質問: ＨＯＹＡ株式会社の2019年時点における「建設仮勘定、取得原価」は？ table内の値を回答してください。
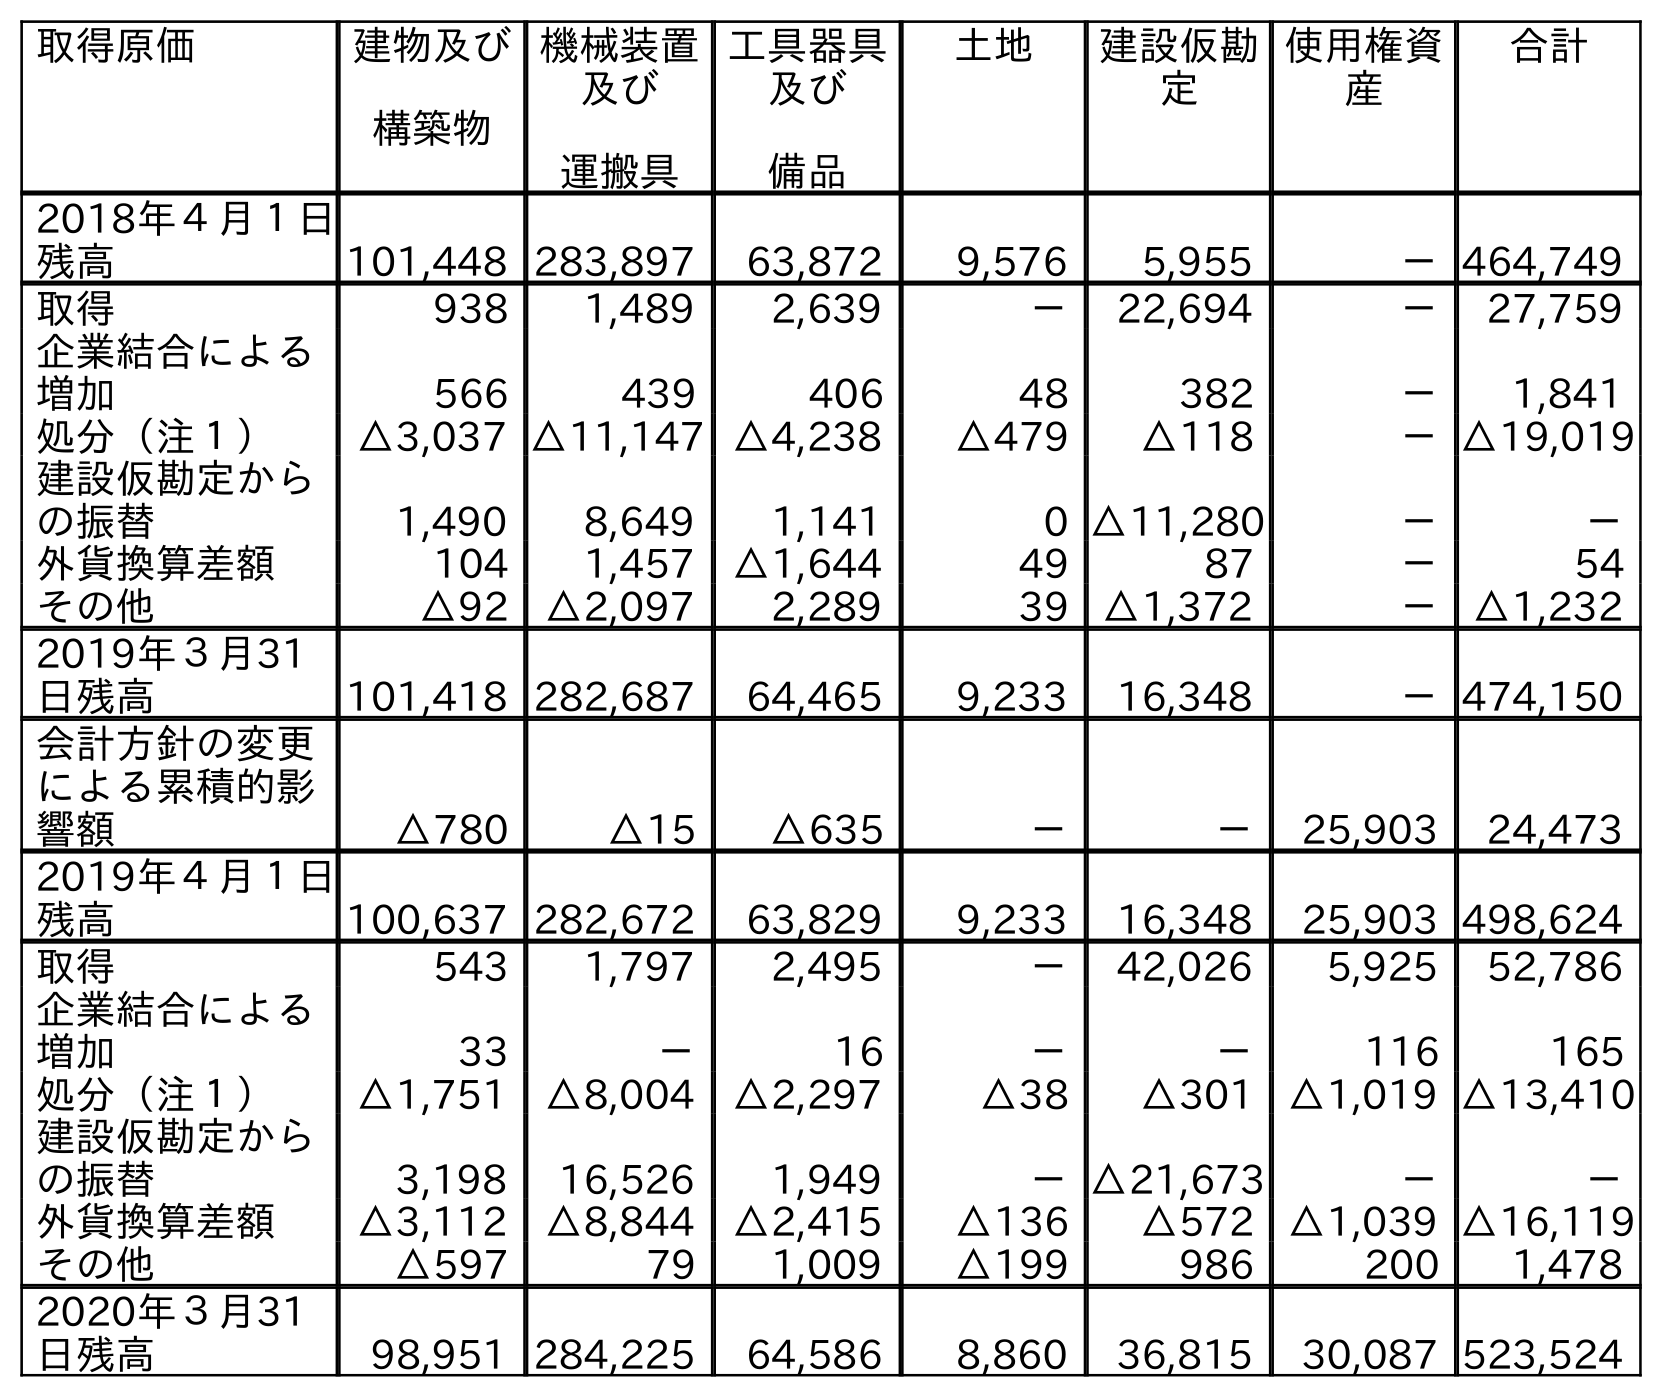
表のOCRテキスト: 取得原価 建物及び 構築物 機械装置 及び 運搬具 工具器具 及び 備品 土地 建設仮勘 定 使用権資 産 合計 2018年４月１日 残高 101,448 283,897 63,872 9,576 5,955 －464,749 取得 938 1,489 2,639 － 22,694 － 27,759 企業結合による 増加 566 439 406 48 382 － 1,841 処分（注１） △3,037 △11,147 △4,238 △479 △118 －△19,019 建設仮勘定から の振替 1,490 8,649 1,141 0 △11,280 － － 外貨換算差額 104 1,457 △1,644 49 87 － 54 その他 △92 △2,097 2,289 39 △1,372 － △1,232 2019年３月31 日残高 101,418 282,687 64,465 9,233 16,348 －474,150 会計方針の変更 による累積的影 響額 △780 △15 △635 － － 25,903 24,473 2019年４月１日 残高 100,637 282,672 63,829 9,233 16,348 25,903 498,624 取得 543 1,797 2,495 － 42,026 5,925 52,786 企業結合による 増加 33 － 16 － － 116 165 処分（注１） △1,751 △8,004 △2,297 △38 △301 △1,019 △13,410 建設仮勘定から の振替 3,198 16,526 1,949 －△21,673 － － 外貨換算差額 △3,112 △8,844 △2,415 △136 △572 △1,039 △16,119 その他 △597 79 1,009 △199 986 200 1,478 2020年３月31 日残高 98,951 284,225 64,586 8,860 36,815 30,087 523,524
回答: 16,348